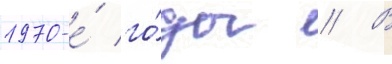
1970-е́ го́ды // В